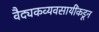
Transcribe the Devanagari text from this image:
वैद्यकव्यवसायींकडून